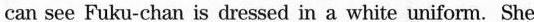
can see Fuku-chan is dressed in a white uniform. She